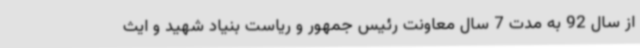
از سال 92 به مدت 7 سال معاونت رئیس جمهور و ریاست بنیاد شهید و ایث